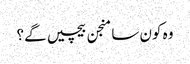
وہ کون سا منجن بیچیں گے؟